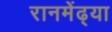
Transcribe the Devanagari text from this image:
रानमेंढ्या